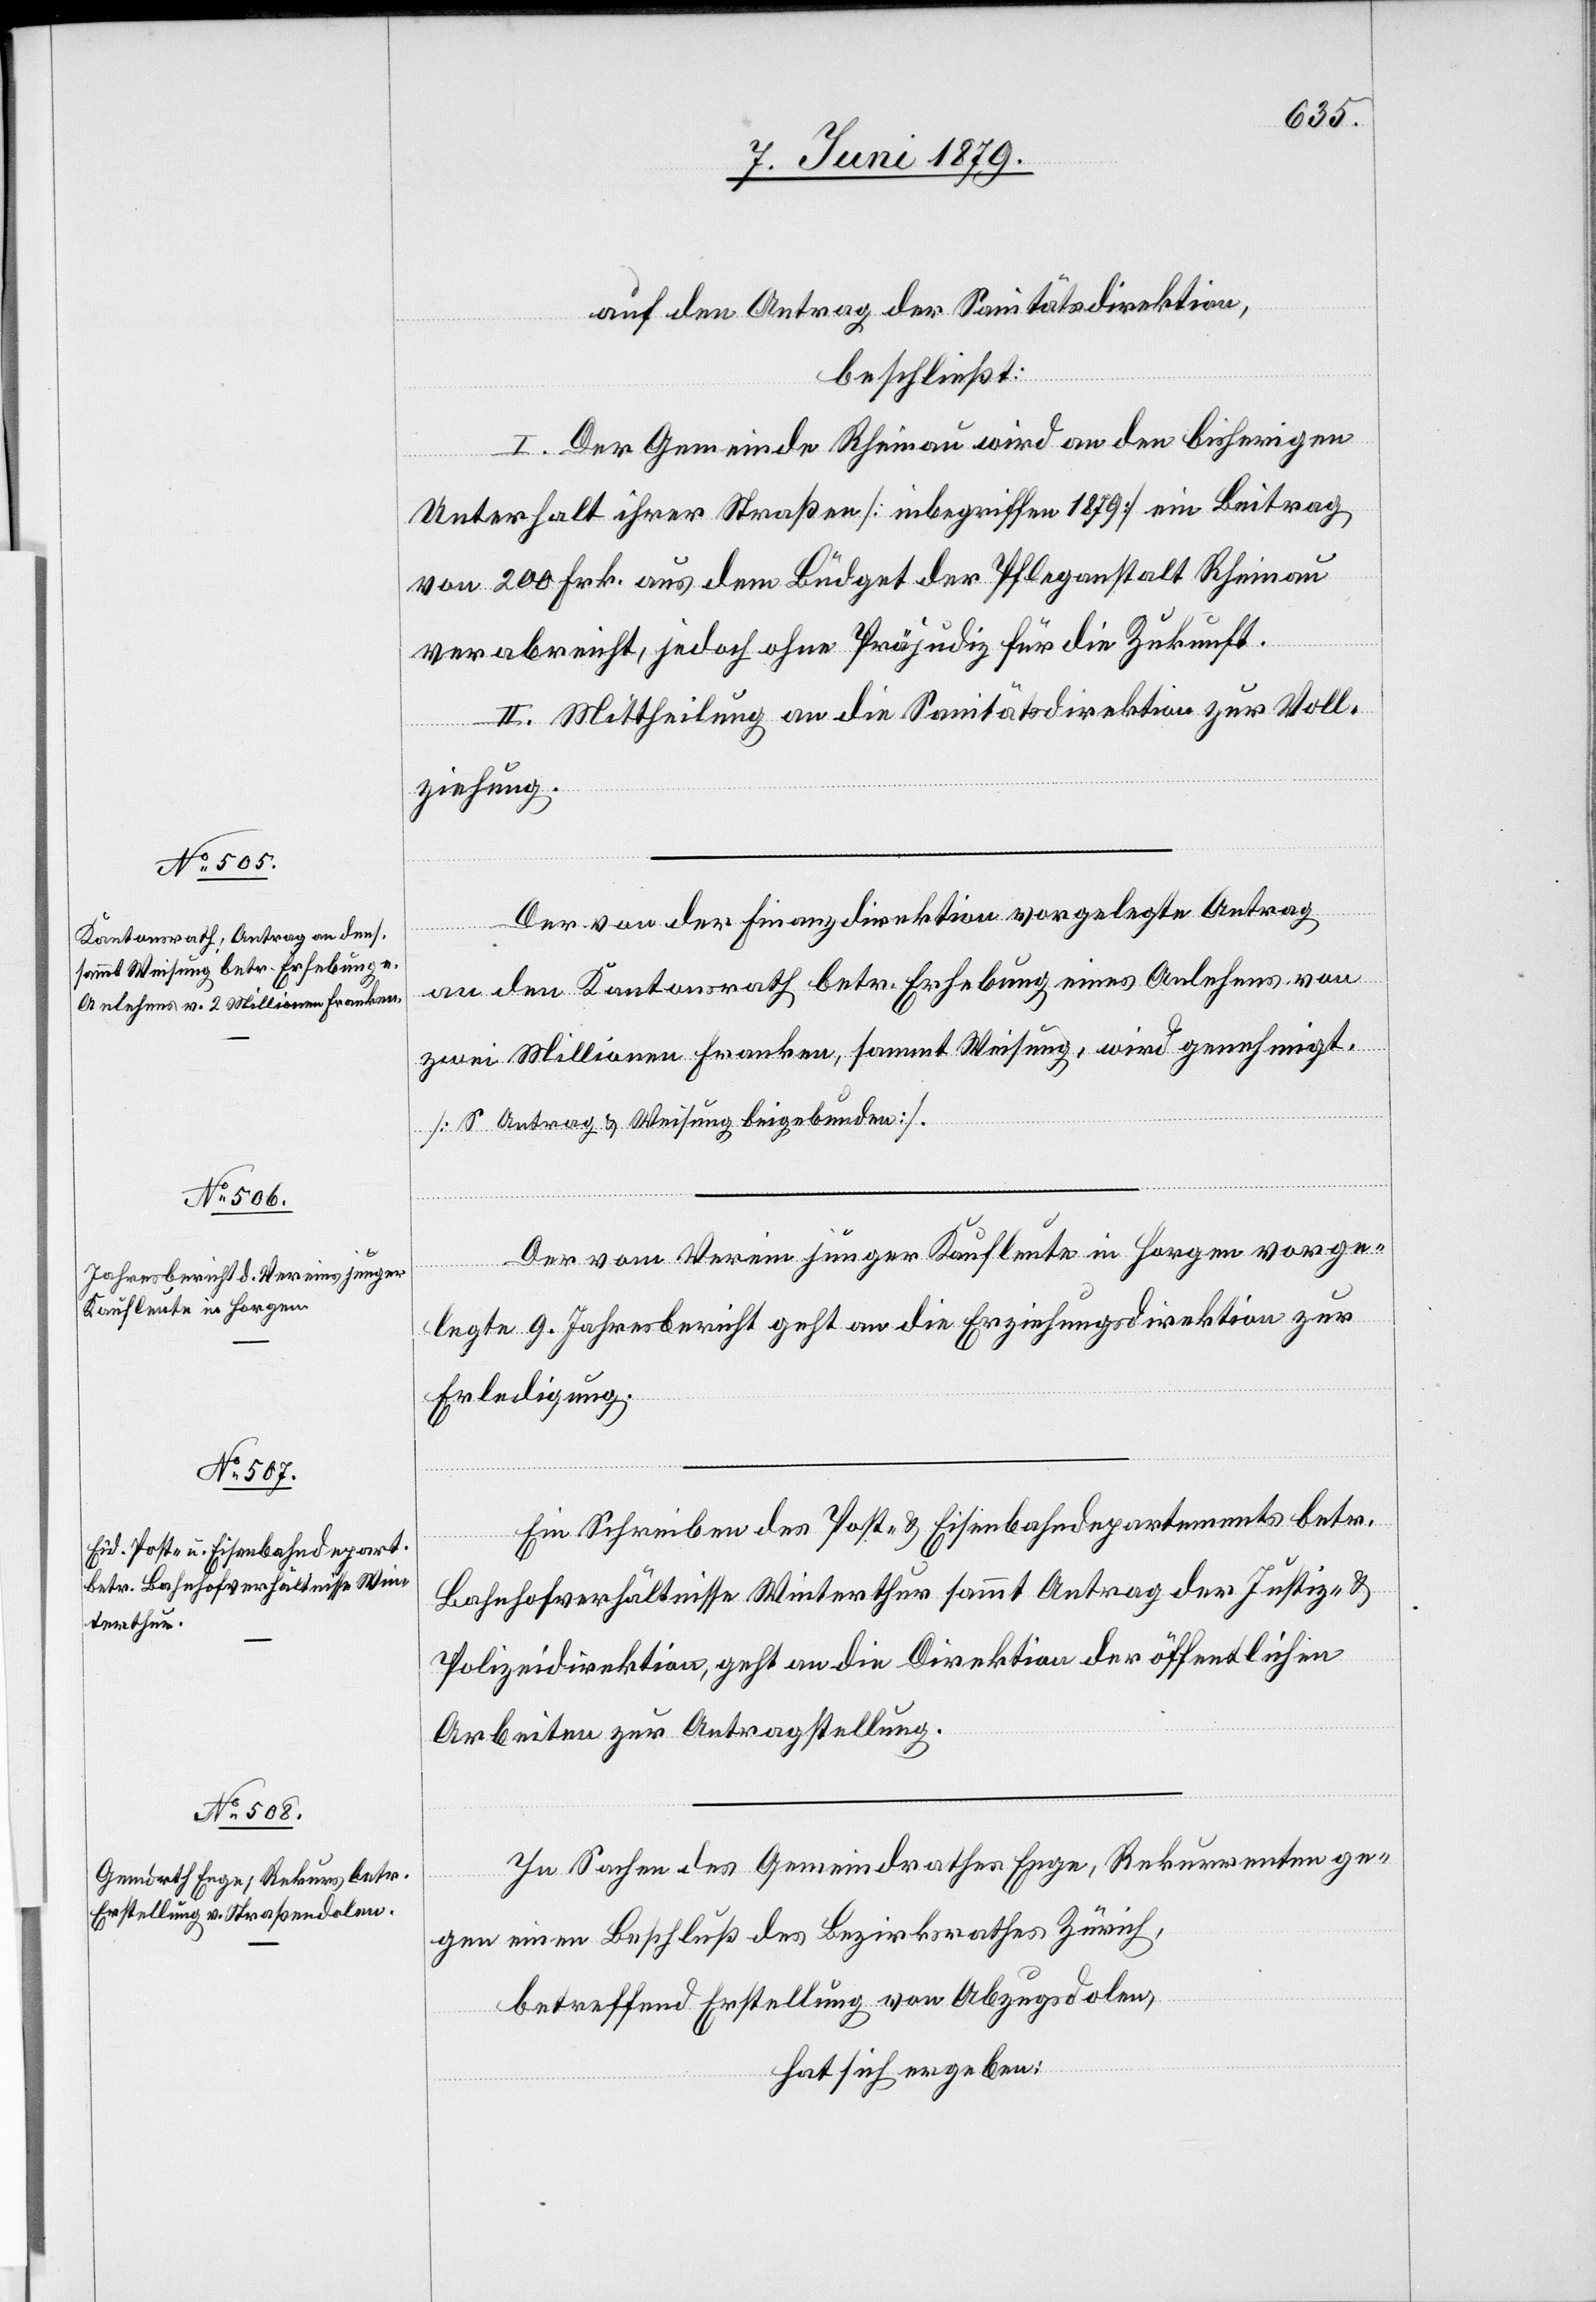
auf den Antrag der Sanitätsdirektion,
beschließt:
I. Der Gemeinde Rheinau wird an den bisherigen
Unterhalt ihrer Straßen [inbegriffen 1879] ein Beitrag
von 200 Frk. aus dem Büdget der Pfleganstalt Rheinau
verabreicht, jedoch ohne Präjudiz für die Zukunft.
II. Mittheilung an die Sanitätsdirektion zur Voll¬
ziehung.
Der von der Finanzdirektion vorgelegte Antrag
an den Kantonsrath betr. Erhebung eines Anlehens von
zwei Millionen Franken, sammt Weisung, wird genehmigt.
[S. Antrag & Weisung beigebunden].
Der vom Verein junger Kaufleute in Horgen vorge¬
legte 9. Jahresbericht geht an die Erziehungsdirektion zur
Erledigung.
Ein Schreiben des Post- & Eisenbahndepartements betr.
Bahnhofverhältnisse Winterthur sammt Antrag der Justiz- &
Polizeidirektion, geht an die Direktion der öffentlichen
Arbeiten zur Antragstellung.
In Sachen des Gemeindrathes Enge, Rekurrenten ge¬
gen einen Beschluß des Bezirksrathes Zürich,
betreffend Erstellung von Abzugsdolen,
hat sich ergeben: